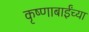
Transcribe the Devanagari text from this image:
कृष्णाबाईंच्या